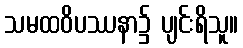
သမထဝိပဿနာ၌ ပျင်းရိသူ။